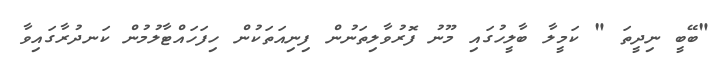
"ބޭބީ ނިދީތަ " ކަމީލާ ބާލީހުގައި މޫނު ފޮރުވާލިތަނުން ފިނިއަތަކުން ހިފަހައްޓާލުމުން ކަނދުރާގައިވާ